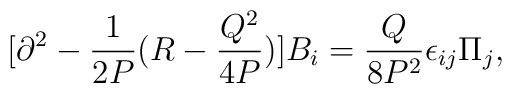
[\partial^2-{1\over{2P}}(R-{{Q^2}\over{4P}})]B_i={Q\over{8P^2}}\epsilon_{ij}\Pi_j,